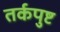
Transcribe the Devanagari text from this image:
तर्कपुष्ट